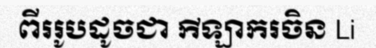
ពីររូបដូចជា កីឡាករចិន Li